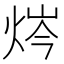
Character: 𰞣